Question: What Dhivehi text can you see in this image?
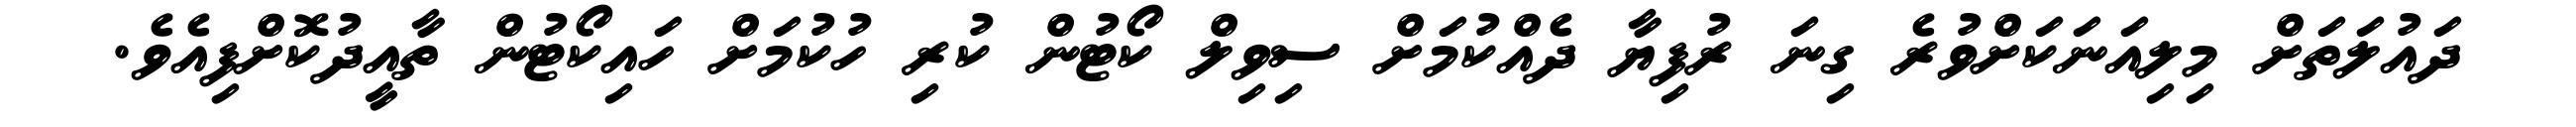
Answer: ދައުލަތަށް މިލިއަނަކަށްވުރެ ގިނަ ރުފިޔާ ދެއްކުމަށް ސިވިލް ކޯޓުން ކުރި ހުކުމަށް ހައިކޯޓުން ތާއީދުކޮށްފިއެވެ.